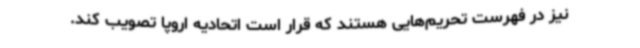
نیز در فهرست تحریم‌هایی هستند که قرار است اتحادیه اروپا تصویب کند.